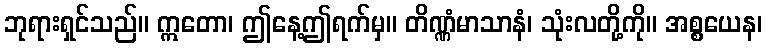
ဘုရားရှင်သည်။ ဣတော၊ ဤနေ့ဤရက်မှ။ တိဏ္ဏံမာသာနံ၊ သုံးလတို့ကို။ အစ္စယေန၊